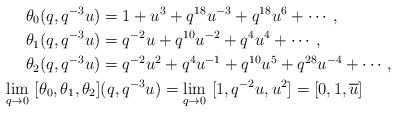
LaTeX: \begin{align*}\theta_{0}(q,q^{-3}u)&=1+u^3+q^{18}u^{-3}+q^{18}u^{6}+\cdots,\\\theta_{1}(q,q^{-3}u)&=q^{-2}u+q^{10}u^{-2}+q^{4}u^4+\cdots,\\\theta_{2}(q,q^{-3}u)&=q^{-2}u^2+q^4u^{-1}+q^{10}u^{5}+q^{28}u^{-4}+\cdots,\\ \lim_{q\to 0}\ [\theta_0,\theta_1,\theta_2]&(q,q^{-3}u)=\lim_{q\to 0}\ [1,q^{-2}u,u^2]=[0,1,\overline{u}]\end{align*}